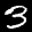
Label: 3